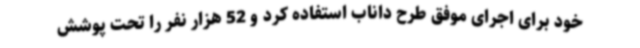
خود برای اجرای موفق طرح داناب استفاده کرد و 52 هزار نفر را تحت پوشش